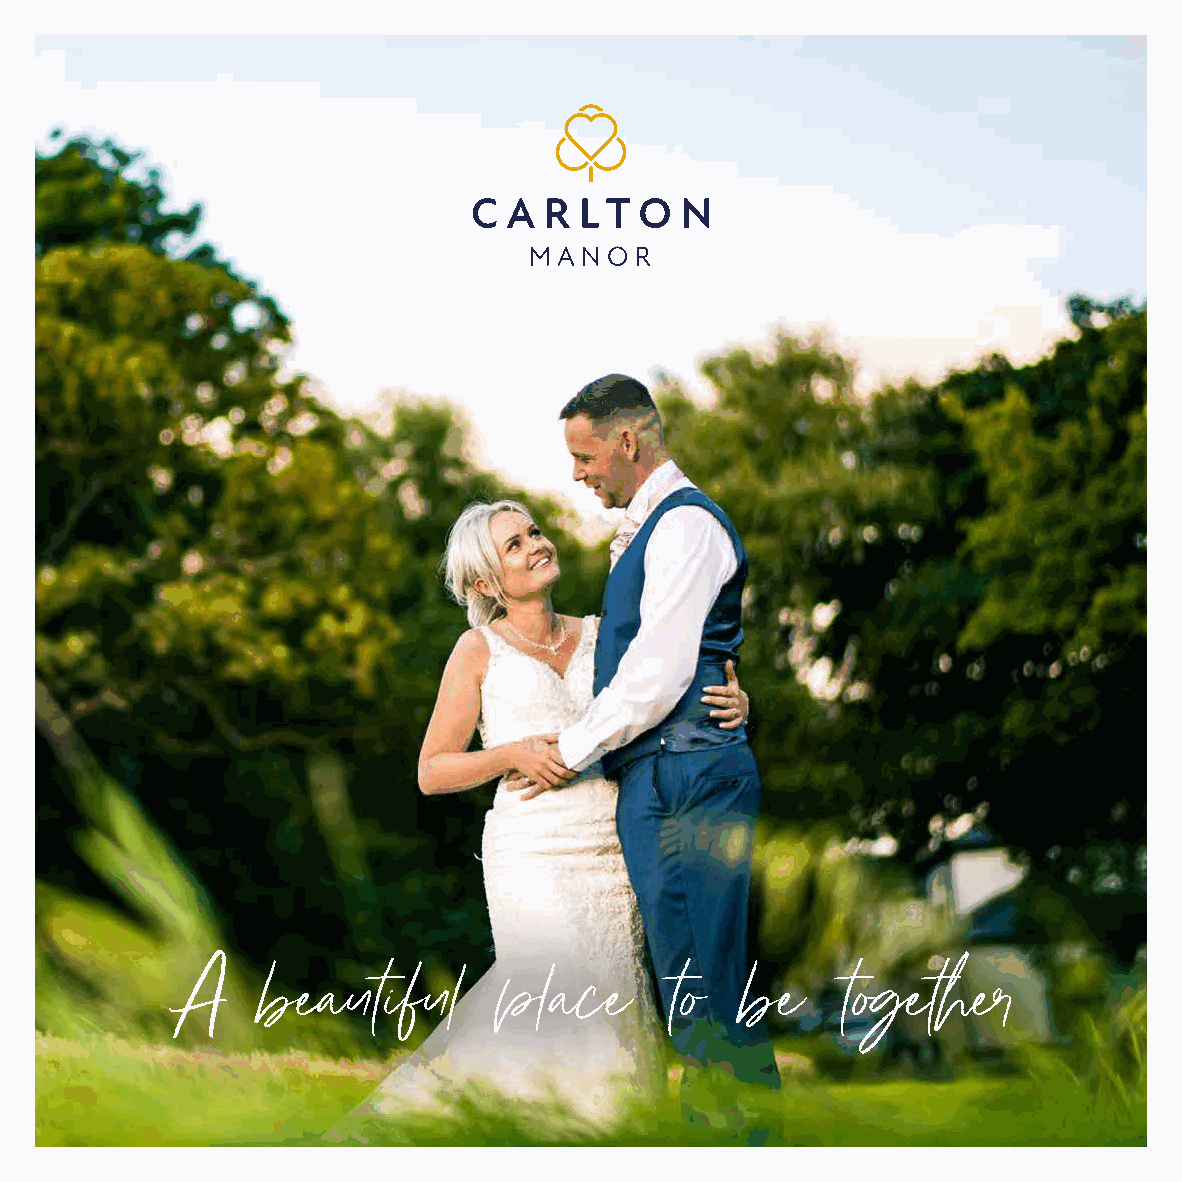
A     beautiful       place      to   be    together